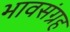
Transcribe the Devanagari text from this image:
भावसंग्रह